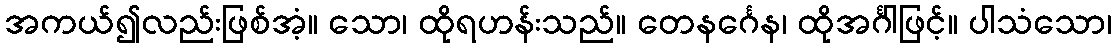
အကယ်၍လည်းဖြစ်အံ့။ သော၊ ထိုရဟန်းသည်။ တေနင်္ဂေန၊ ထိုအင်္ဂါဖြင့်။ ပါသံသော၊